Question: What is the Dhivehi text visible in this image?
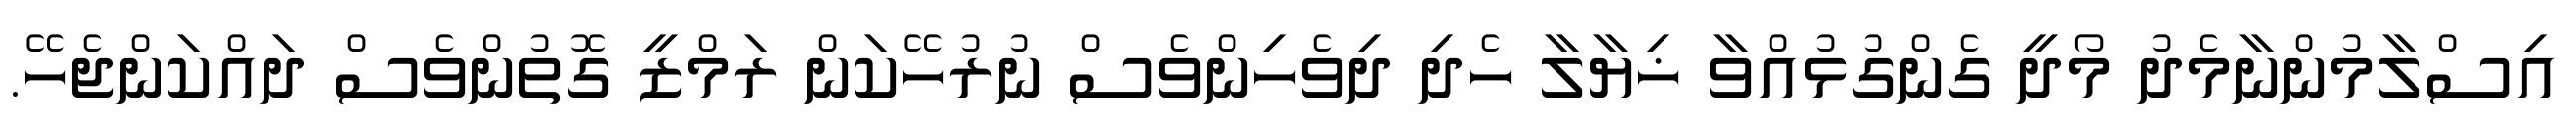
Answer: އިސްލާމުންނާމެދު މޯދީ ގެންގުޅުއްވާ ޚިޔާލާ ހެދި ދިވެހިންވެސް ނުރުހޭކަން ރަމްޒީ ގޮތުންވެސް ދައްކަންޖެހޭ.